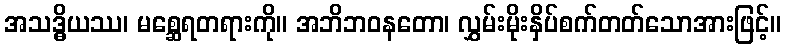
အသဒ္ဓိယဿ၊ မစ္ဆေရတရားကို။ အဘိဘဝနတော၊ လွှမ်းမိုးနှိပ်စက်တတ်သောအားဖြင့်။